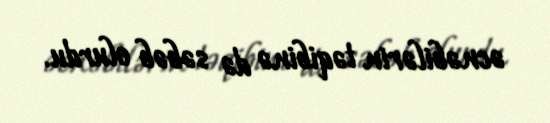
əcnəbilərin təqibinə də səbəb olurdu.